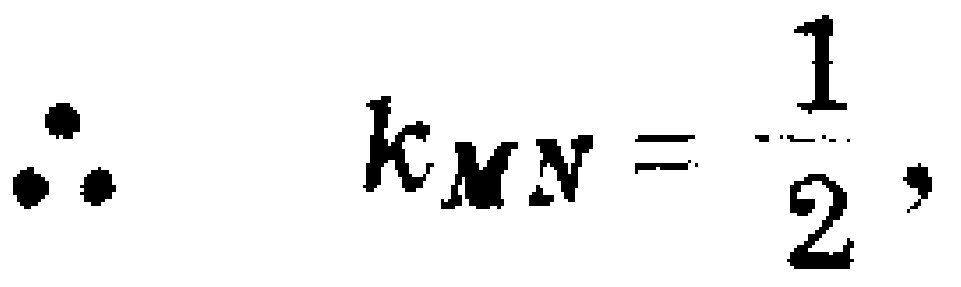
\(\therefore k_{MN}=\frac{1}{2},\)